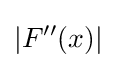
\left\vert F''(x)\right\vert